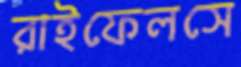
রাইফেলসে